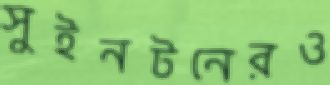
সুইনটনেরও